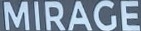
MIRAGE